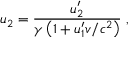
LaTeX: u _ { 2 } = { \frac { u _ { 2 } ^ { \prime } } { \gamma \left( 1 + u _ { 1 } ^ { \prime } v / c ^ { 2 } \right) } } \ ,